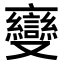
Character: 𬽠